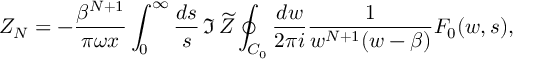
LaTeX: Z _ { N } = - { \frac { \beta ^ { N + 1 } } { \pi \omega x } } \int _ { 0 } ^ { \infty } { \frac { d s } { s } } \, \Im \, \widetilde Z \oint _ { C _ { 0 } } { \frac { d w } { 2 \pi i } } { \frac { 1 } { w ^ { N + 1 } ( w - \beta ) } } F _ { 0 } ( w , s ) ,